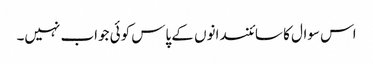
اس سوال کا سائنسدانوں کے پاس کوئی جواب نہیں۔